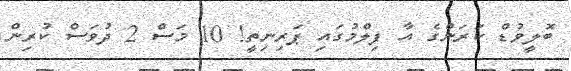
ބޮލީވުޑް ކަރަންގެ އާ ފިލްމުގައި ޕަރިނިތީ! 10 މަސް 2 ދުވަސް ކުރިން